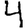
Digit: 4